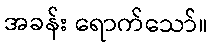
အခန်း ရောက်သော်။